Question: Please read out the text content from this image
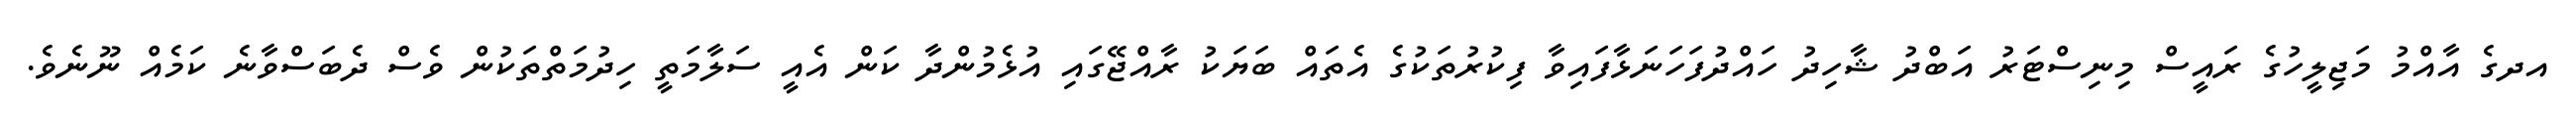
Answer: އދގެ އާއްމު މަޖިލީހުގެ ރައީސް މިނިސްޓަރު އަބްދު ޝާހިދު ހައްދުފަހަނަޅާފައިވާ ފިކުރުތަކުގެ އެތައް ބަޔަކު ރާއްޖޭގައި އުޅެމުންދާ ކަން އެއީ ސަލާމަތީ ހިދުމަތްތަކުން ވެސް ދެބަސްވާނެ ކަމެއް ނޫނެވެ.